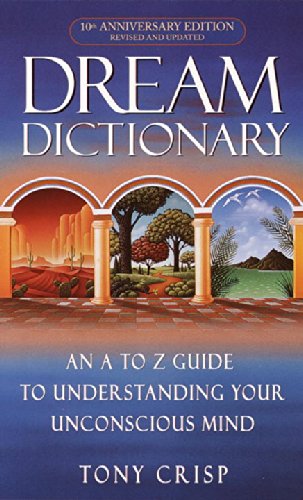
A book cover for Dream Dictionary; Tony Crisp; Self-Help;